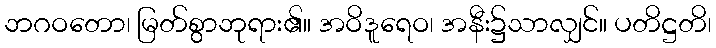
ဘဂဝတော၊ မြတ်စွာဘုရား၏။ အဝိဒူရေဝ၊ အနီး၌သာလျှင်။ ပတိဋ္ဌတိ၊